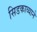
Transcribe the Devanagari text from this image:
सिडकाव्याने